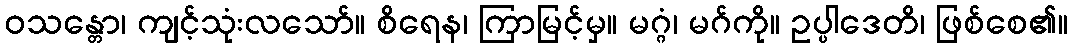
ဝသန္တော၊ ကျင့်သုံးလသော်။ စိရေန၊ ကြာမြင့်မှ။ မဂ္ဂံ၊ မဂ်ကို။ ဥပ္ပါဒေတိ၊ ဖြစ်စေ၏။